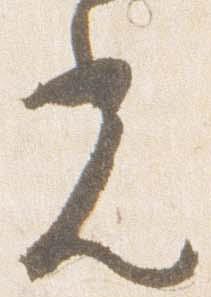
光